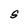
Character: S